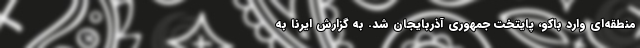
منطقه‌ای وارد باکو، پایتخت جمهوری آذربایجان شد. به گزارش ایرنا به